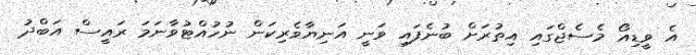
އެ ވީޑިއޯ މެސެޖްގައި އިތުރަށް ބުނެފައި ވަނީ އަނިޔާވެރިކަން ނުހުއްޓުވާނަމަ ރައީސް އަބްދު